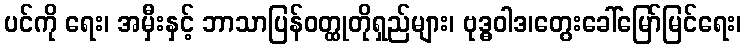
ပင်ကို ရေး၊ အမှီးနှင့် ဘာသာပြန်ဝတ္ထုတိုရှည်များ၊ ဗုဒ္ဓဝါဒ၊တွေးခေါ်မြော်မြင်ရေး၊